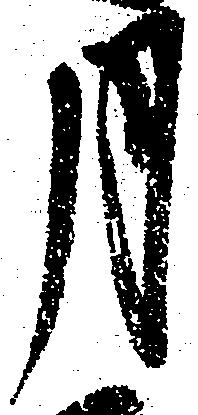
月